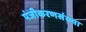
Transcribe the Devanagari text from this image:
पंजीकरणसंख्या